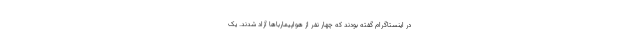
در اینستاگرام گفته بودند که چهار نفر از هواپیمارباها آزاد شدند. یک